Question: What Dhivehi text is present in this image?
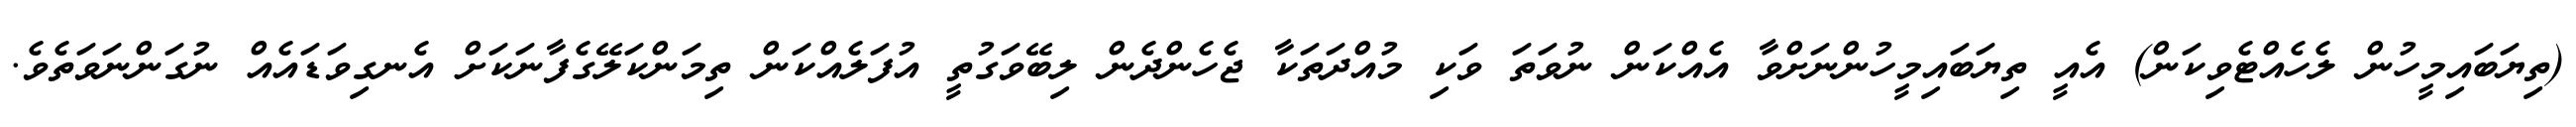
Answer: (ތިޔަބައިމީހުން ލެހެއްޓެވިކަން) އެއީ ތިޔަބައިމީހުންނަށްވާ އެއްކަން ނުވަތަ ވަކި މުއްދަތަކާ ޖެހެންދެން ލިބޭވަގުތީ އުފަލެއްކަން ތިމަންކަލޭގެފާނަކަށް އެނގިވަޑައެއް ނުގަންނަވަތެވެ.